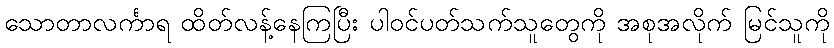
သောတာလင်္ကာရ ထိတ်လန့်နေကြပြီး ပါဝင်ပတ်သက်သူတွေကို အစုအလိုက် မြင်သူကို